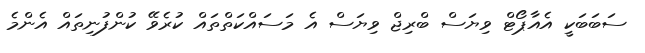
ސަބަބަކީ އެއާޕޯޓް ވިޔަސް ބްރިޖް ވިޔަސް އެ މަސައްކަތްތައް ކުރެވޭ ކުންފުނިތައް އެންމެ